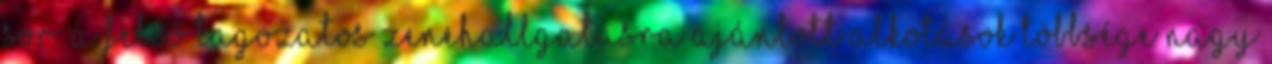
sor. A felső tagozatos zenehallgatásra ajánlott alkotások többsége nagy